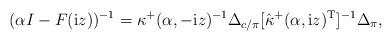
LaTeX: \begin{align*}(\alpha I-F({\rm i}z))^{-1} = \kappa^+(\alpha,-{\rm i}z)^{-1} \Delta_{c/\pi} [\hat\kappa^+(\alpha, {\rm i}z)^{\rm T}]^{-1}\Delta_\pi,\end{align*}